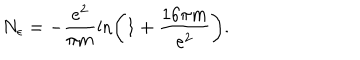
N _ { \epsilon } = - \frac { e ^ { 2 } } { \pi m } \ln \left( 1 + \frac { 1 6 \pi m } { e ^ { 2 } } \right) .